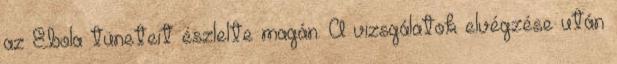
az Ebola tüneteit észlelte magán. A vizsgálatok elvégzése után